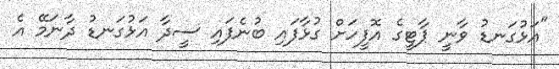
"އަޅުގަނޑު ވާނީ ޕާޓީގެ އޮފީހަށް ގުޅާފައި ބުނެފައި ސީދާ އަޅުގަނޑު ދާނަމޭ އެ